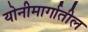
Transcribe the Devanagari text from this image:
योनीमार्गातील